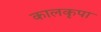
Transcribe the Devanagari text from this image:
कालकृपा